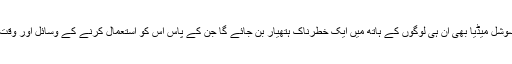
اور بالاخر سوشل میڈیا بھی ان ہی لوگوں کے ہاتھ میں ایک خطرناک ہتھیار بن جائے گا جن کے پاس اس کو استعمال کرنے کے وسائل اور وقت موجود ہے۔